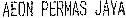
AEON PERMAS JAYA